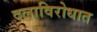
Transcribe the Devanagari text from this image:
दलाविरोधात